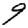
Digit: 9